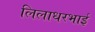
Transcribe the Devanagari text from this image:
लिलाधरभाई